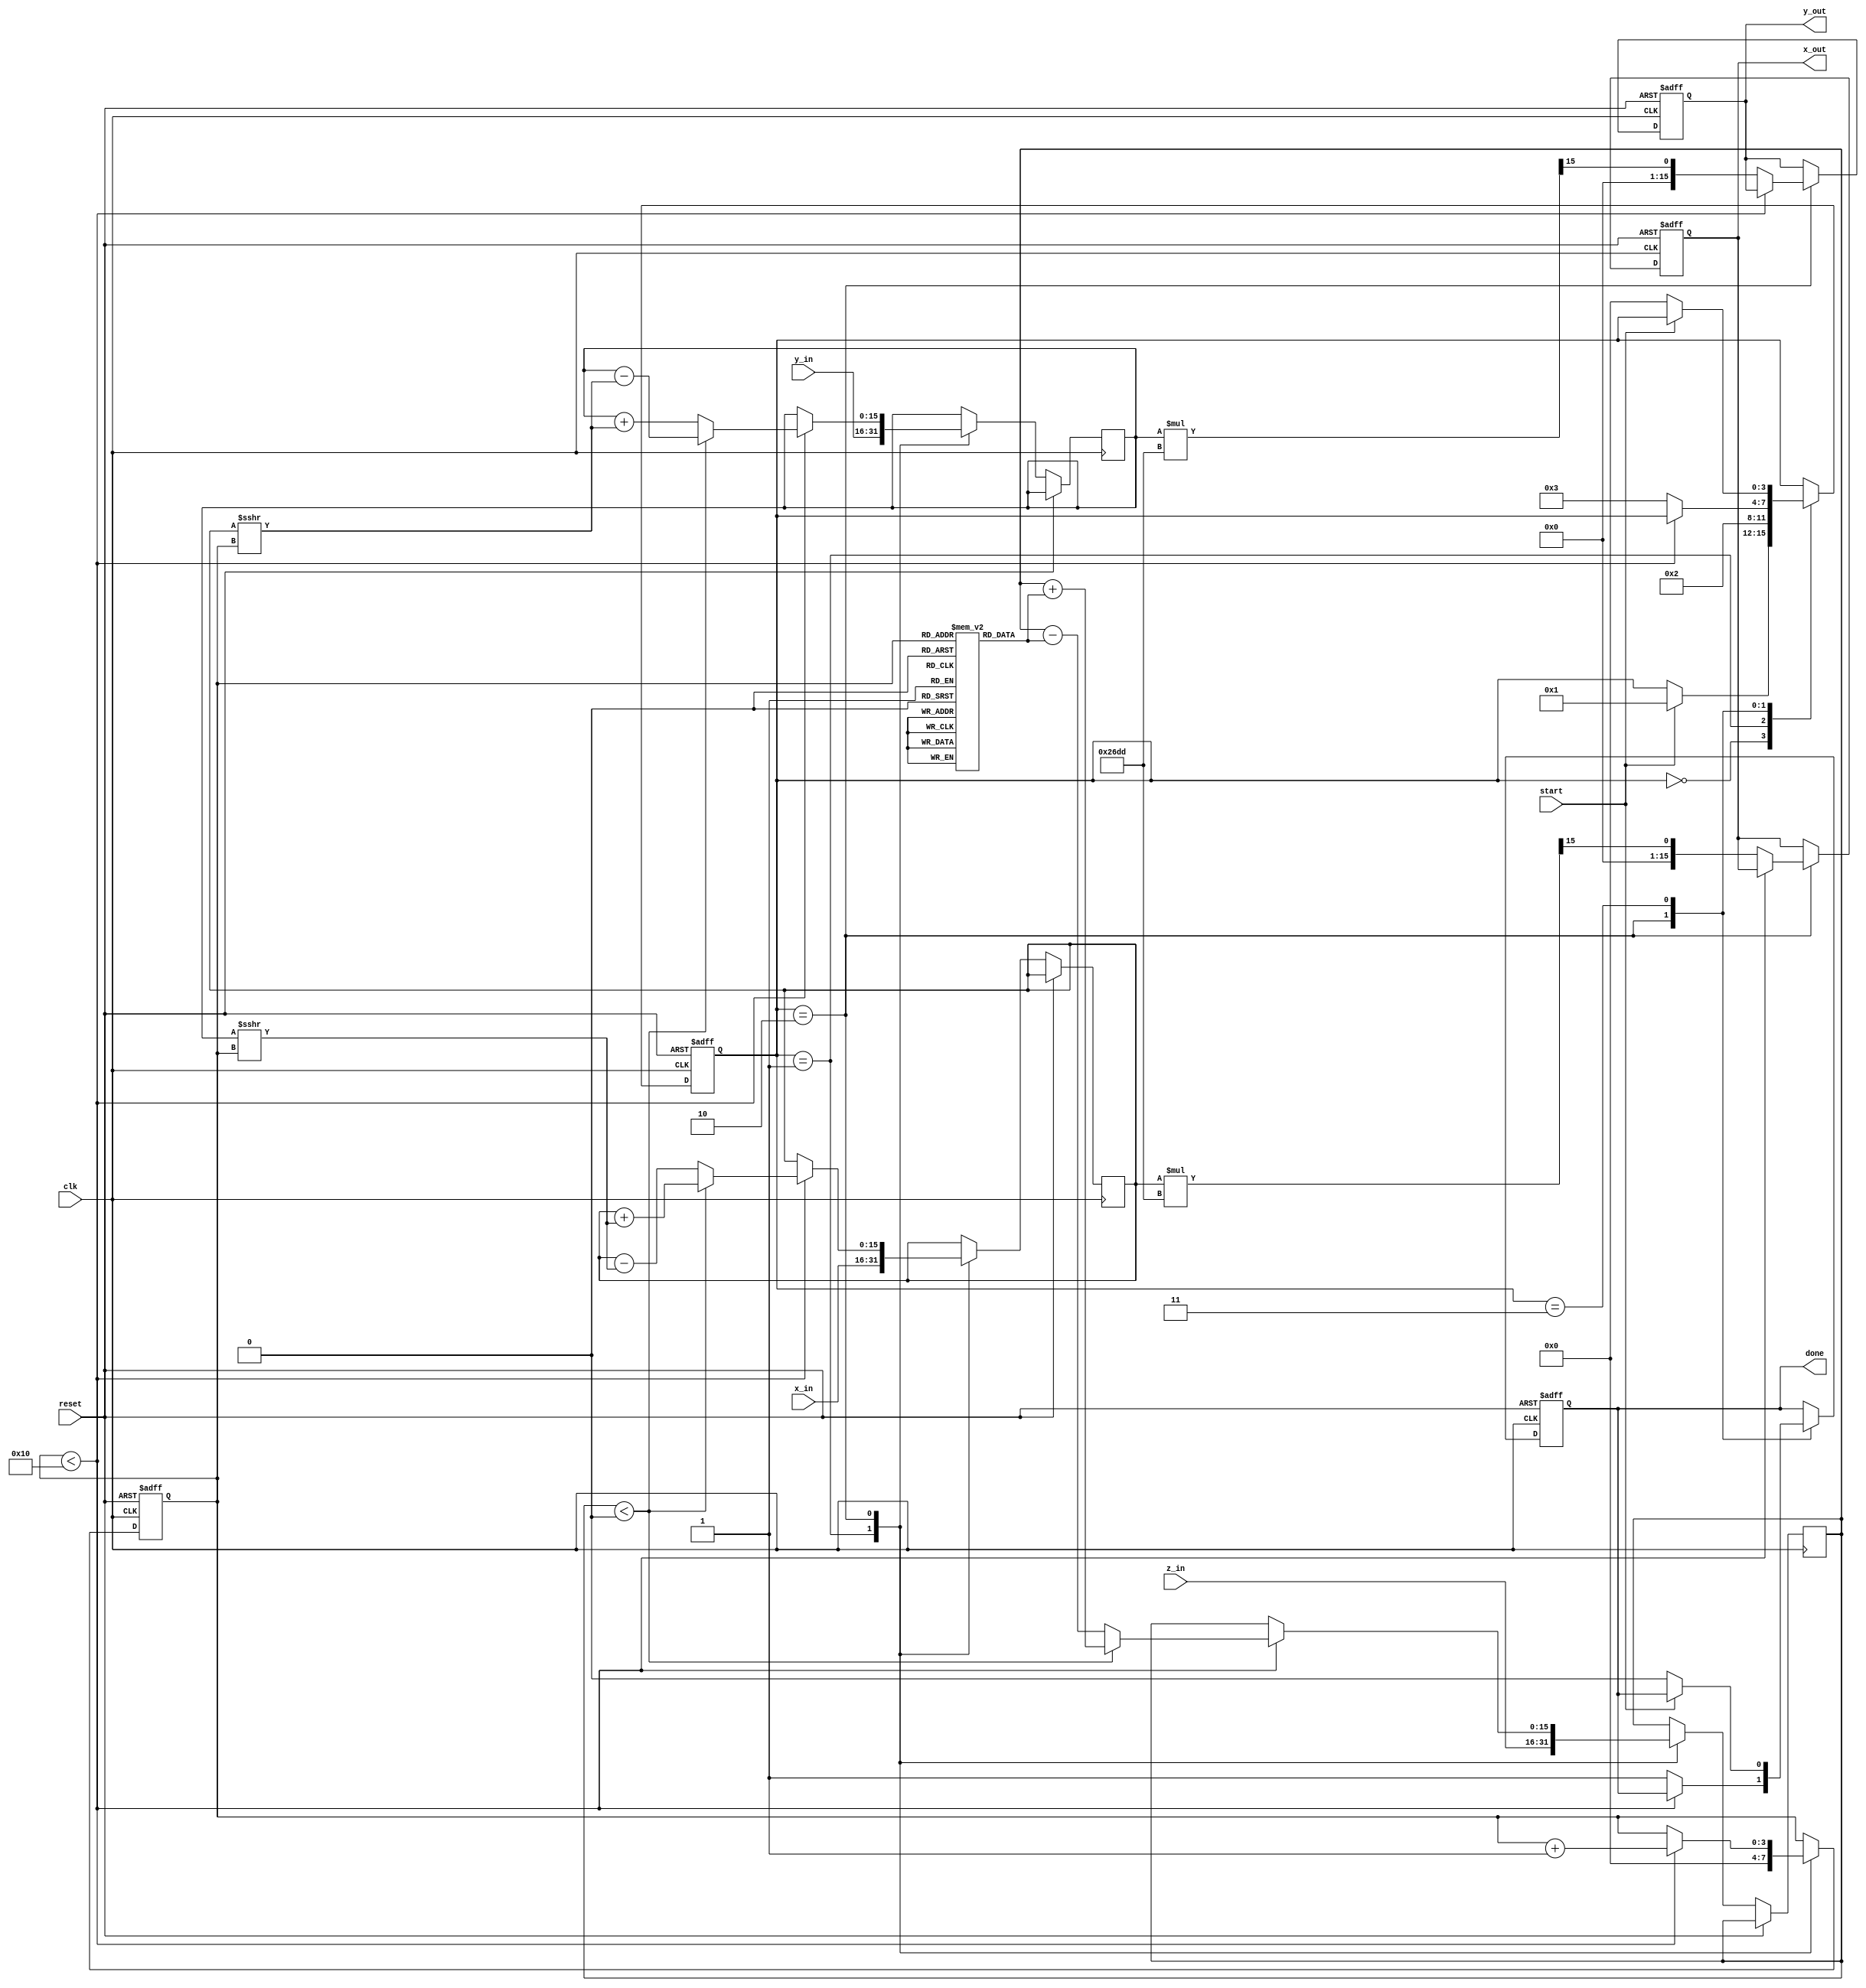
module cordic_2d (
    input wire signed [15:0] x_in,    // Input x-coordinate
    input wire signed [15:0] y_in,    // Input y-coordinate
    input wire signed [15:0] z_in,    // Input angle (rotation value)
    input wire start,                  // Start signal
    input wire clk,                    // Clock signal
    input wire reset,                  // Asynchronous reset
    output reg signed [15:0] x_out,    // Output x-coordinate
    output reg signed [15:0] y_out,    // Output y-coordinate
    output reg done                    // Completion signal
);

    // CORDIC Constants
    parameter NUM_ITERATIONS = 16;
    reg signed [15:0] angle [0:NUM_ITERATIONS-1]; // Predefined angles
    reg signed [15:0] x, y, z;                    // Internal registers
    reg [3:0] state;                              // FSM State
    reg [3:0] iteration;                          // Iteration counter

    // Scaling factor for output
    parameter SCALING_FACTOR = 16'h26DD; // Approximation of 1/sqrt(2)

    // FSM States
    localparam IDLE = 0, INIT = 1, COMPUTE = 2, DONE = 3;

    // Initialize angles (atan(2^-i) in fixed-point)
    initial begin
        angle[0] = 16'h26B2; // atan(2^0)
        angle[1] = 16'h1DAC; // atan(2^-1)
        angle[2] = 16'h0FAD; // atan(2^-2)
        angle[3] = 16'h07A1; // atan(2^-3)
        angle[4] = 16'h03D5; // atan(2^-4)
        angle[5] = 16'h01EA; // atan(2^-5)
        angle[6] = 16'h00F5; // atan(2^-6)
        angle[7] = 16'h007A; // atan(2^-7)
        angle[8] = 16'h003E; // atan(2^-8)
        angle[9] = 16'h001F; // atan(2^-9)
        angle[10] = 16'h000F; // atan(2^-10)
        angle[11] = 16'h0007; // atan(2^-11)
        angle[12] = 16'h0003; // atan(2^-12)
        angle[13] = 16'h0001; // atan(2^-13)
        angle[14] = 16'h0000; // atan(2^-14)
        angle[15] = 16'h0000; // atan(2^-15)
    end

    // FSM for CORDIC processing
    always @(posedge clk or posedge reset) begin
        if (reset) begin
            state <= IDLE;
            done <= 0;
            iteration <= 0;
            x_out <= 0;
            y_out <= 0;
        end else begin
            case (state)
                IDLE: begin
                    if (start) begin
                        state <= INIT;
                    end
                end
                INIT: begin
                    x <= x_in;
                    y <= y_in;
                    z <= z_in;
                    iteration <= 0;
                    state <= COMPUTE;
                end
                COMPUTE: begin
                    if (iteration < NUM_ITERATIONS) begin
                        if (z < 0) begin
                            // Rotate clockwise
                            z <= z + angle[iteration];
                            x <= x + (y >>> iteration);
                            y <= y - (x >>> iteration);
                        end else begin
                            // Rotate counter-clockwise
                            z <= z - angle[iteration];
                            x <= x - (y >>> iteration);
                            y <= y + (x >>> iteration);
                        end
                        iteration <= iteration + 1;
                    end else begin
                        // Finish computation
                        x_out <= x * SCALING_FACTOR >>> 15; // Scale output
                        y_out <= y * SCALING_FACTOR >>> 15; // Scale output
                        done <= 1;
                        state <= DONE;
                    end
                end
                DONE: begin
                    if (!start) begin
                        state <= IDLE;
                        done <= 0;
                    end
                end
            endcase
        end
    end

endmodule